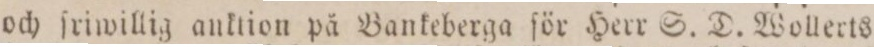
och ſriwillig anktion på Bankeberga för Herr S. D. Wollerts